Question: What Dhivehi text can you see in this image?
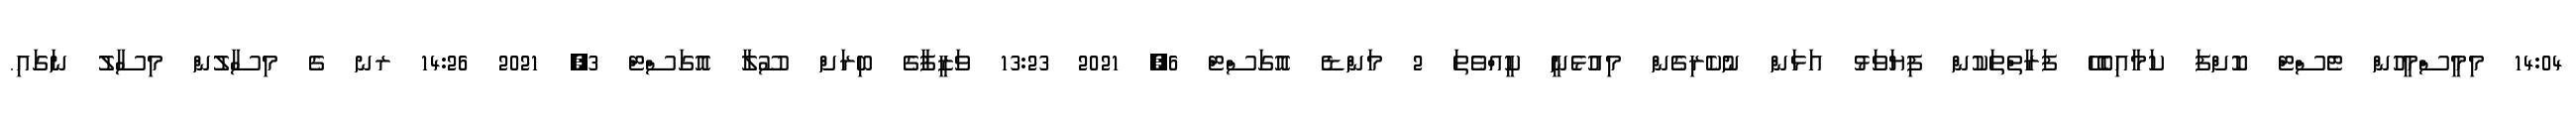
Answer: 14:04 މިމީސްމީހުން ޓެސްޓް ކޮށްފަ ކަމާއިބެހޭ ފަރާތްތަކުން ފިޔަވަޅު އަޅަން ނުކެރިގެން މިއުޅެނީ ކީއްވެތަ 2 މަންޑެ އޮގަސްޓް 6, 2021 13:23 ވަޒީފާގެ ބިރަށް ސޫލާ އޮގަސްޓް 3, 2021 14:26 ރނ ގެ މިސާލުން މިސާލު ނަގައި.